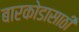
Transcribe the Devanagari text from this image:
बारकोडासाठी